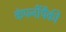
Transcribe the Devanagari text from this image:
कंपनींपैकी